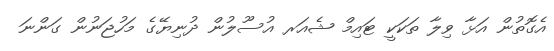
އެގޮތުން އަޅާ ވިލާ ތަކަކީ ޓައިމް ޝެއަރ އުސޫލުން ދުނިޔޭގެ މަހުޖަނުން ގަންނަ